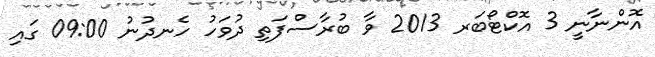
އޮންނާނީ 3 އޮކްޓޯބަރ 2013 ވާ ބުރާސްފަތި ދުވަހު ހެނދުނު 09:00 ގައި